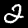
Label: 2